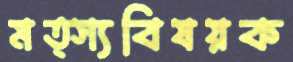
মত্স্যবিষয়ক